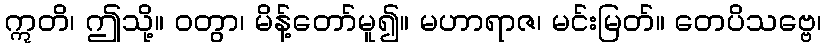
ဣတိ၊ ဤသို့။ ဝတွာ၊ မိန့်တော်မူ၍။ မဟာရာဇ၊ မင်းမြတ်။ တေပိသဗ္ဗေ၊